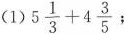
(1)$$5 \frac{1}{3}+4 \frac{3}{5}$$ ;